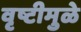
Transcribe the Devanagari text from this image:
वृष्टीमुळे